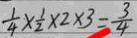
\frac { 1 } { 4 } \times \frac { 1 } { 2 } \times 2 \times 3 = \frac { 3 } { 4 }